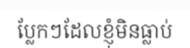
ប្លែកៗដែលខ្ញុំមិនធ្លាប់